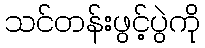
သင်တန်းဖွင့်ပွဲကို